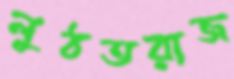
লুঠতরাজ